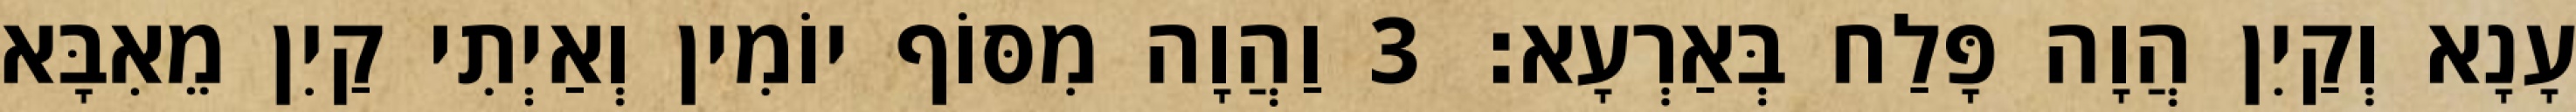
עָנָא וְקַיִן הֲוָה פָּלַח בְּאַרְעָא׃ 3 וַהֲוָה מִסּוֹף יוֹמִין וְאַיְתִי קַיִן מֵאִבָּא